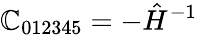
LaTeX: \mathbb{C}_{012345}=-\hat{{H}}^{-1}